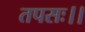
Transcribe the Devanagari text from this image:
तपसः।।